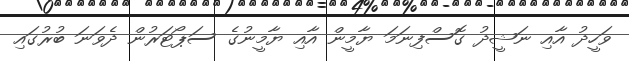
ވަހީދު އާއި ނަޝީދު ގޮސްފިނަމަ ޔާމީން އާއި ޔާމީނުގެ ސަޕޯޓަރުން ދެވަނަ ބުރުގައި